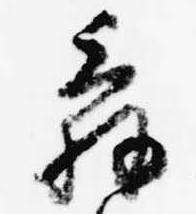
辞